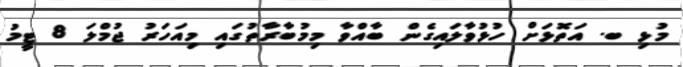
މުޅި ބ. އަތޮޅަށް ހުޅުވާލައިގެން ބާއްވާ މިމުބާރާތުގައި މިއަހަރު ޖުމްލަ 8 ޓީމު